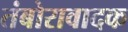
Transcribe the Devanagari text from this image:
तंबोरावादक